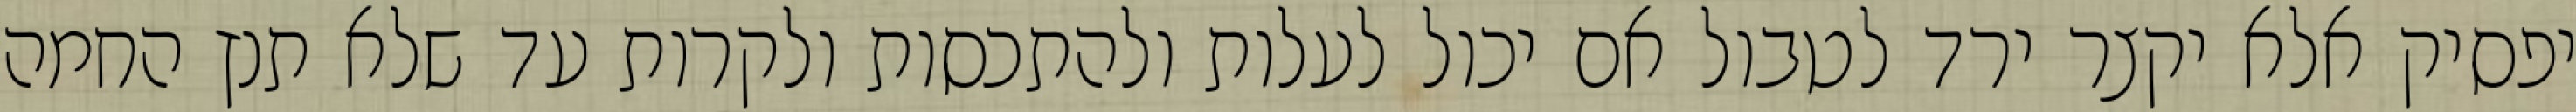
יפסיק אלא יקצר ירד לטבול אם יכול לעלות ולהתכסות ולקרות עד שלא תנץ החמה